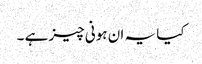
کیا یہ ان ہونی چیز ہے ۔